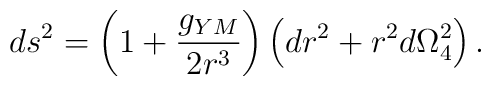
ds^2=\left(1+\frac{g_{YM}}{2 r^3}\right)\left(dr^2+r^2 d\Omega_4^2\right).